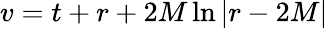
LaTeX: v=t+r+2M\ln|r-2M|